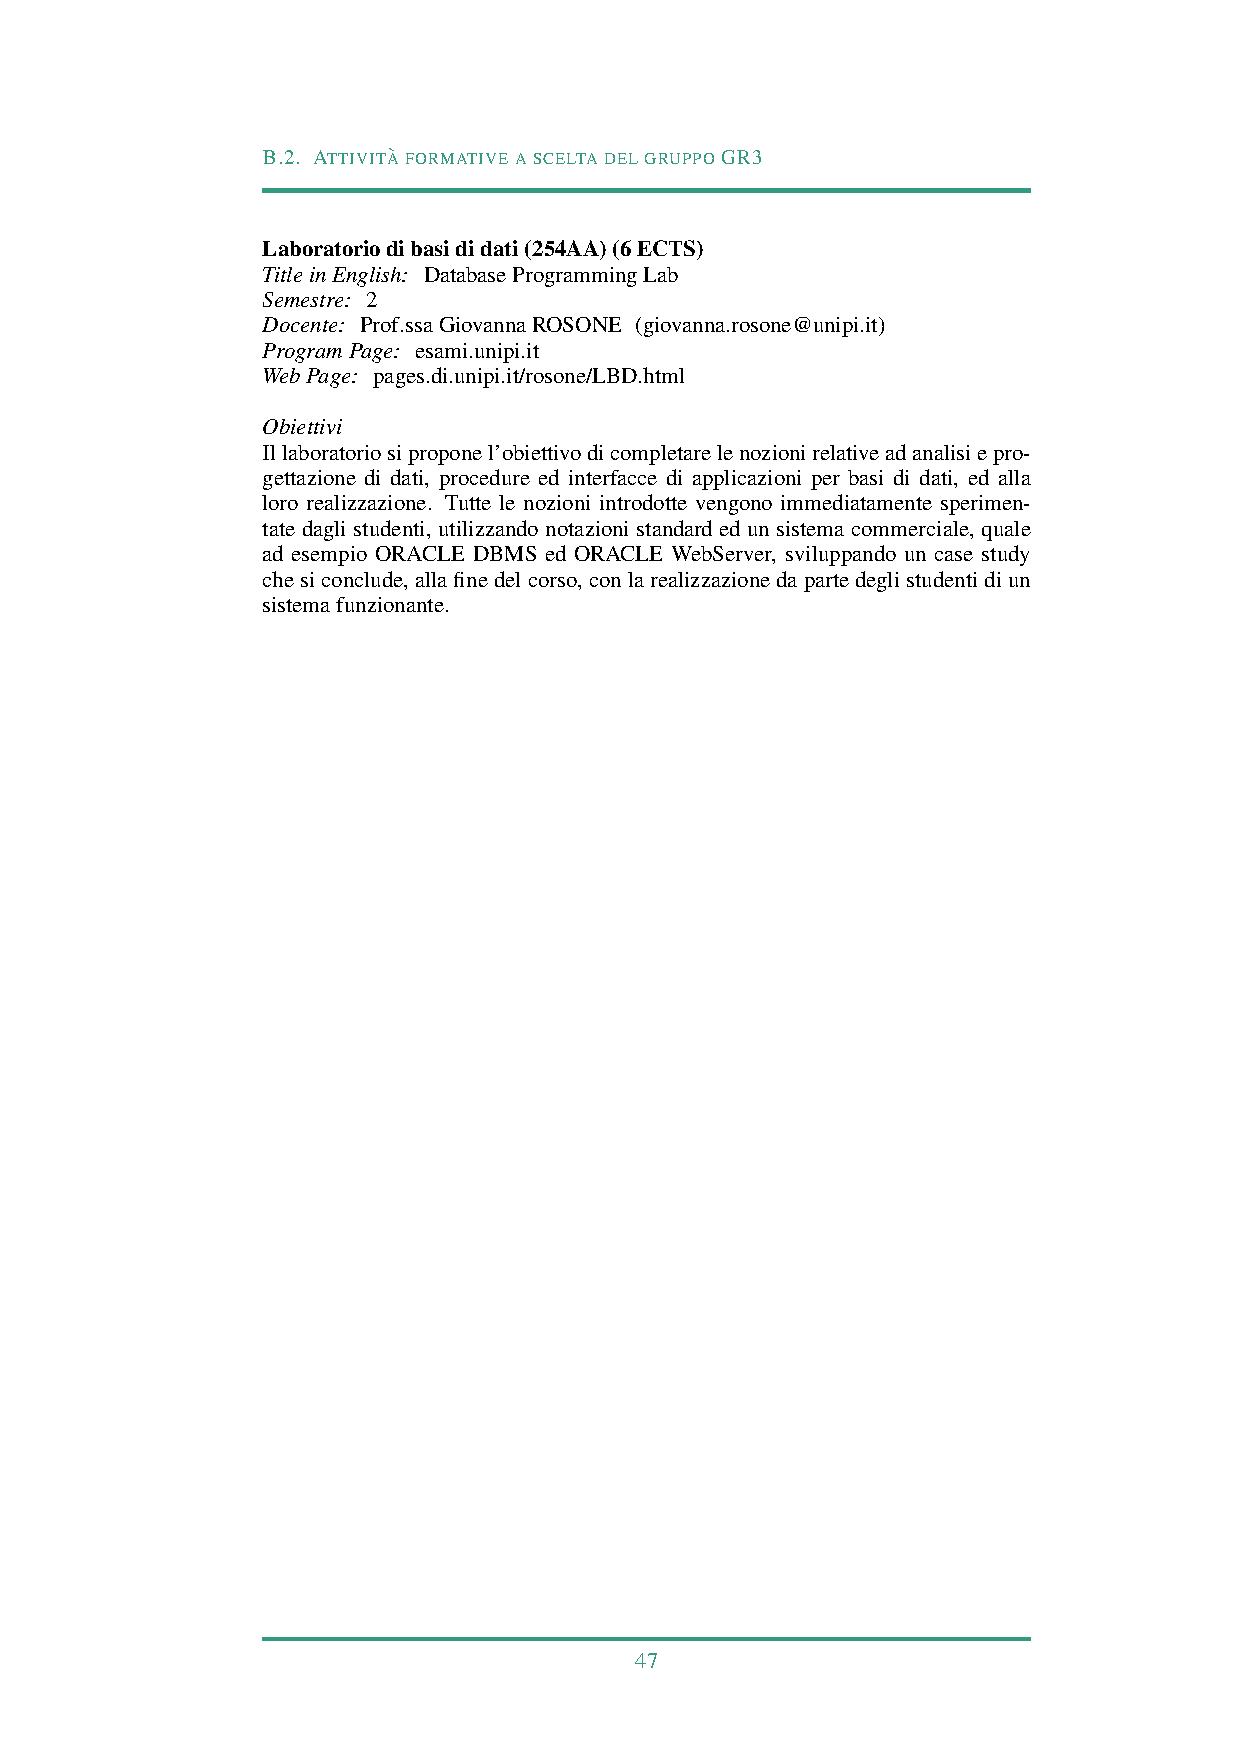
B.2. ATTIVITA` FORMATIVEASCELTADELGRUPPOGR3
 Laboratoriodibasididati(254AA)(6ECTS)
 TitleinEnglish: DatabaseProgrammingLab
 Semestre: 2
 Docente: Prof.ssaGiovannaROSONE (giovanna.rosone@unipi.it)
 ProgramPage: esami.unipi.it
 WebPage: pages.di.unipi.it/rosone/LBD.html
 Obiettivi
 Illaboratoriosiproponel’obiettivodicompletarelenozionirelativeadanalisiepro-
 gettazione di dati, procedure ed interfacce di applicazioni per basi di dati, ed alla
 loro realizzazione. Tutte le nozioni introdotte vengono immediatamente sperimen-
 tate dagli studenti, utilizzando notazioni standard ed un sistema commerciale, quale
 ad esempio ORACLE DBMS ed ORACLE WebServer, sviluppando un case study
 chesiconclude,allafinedelcorso,conlarealizzazionedapartedeglistudentidiun
 sistemafunzionante.
 47